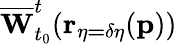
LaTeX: \overline{{\mathbf{W}}}_{t_{0}}^{t}(\mathbf{r_{\eta=\delta\eta}}(\mathbf{p}))